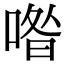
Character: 喒